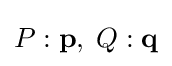
P:\mathbf {p} ,\;Q:\mathbf {q}